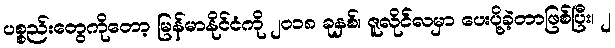
ပစ္စည်းတွေကိုတော့ မြန်မာနိုင်ငံကို ၂၀၁၈ ခုနှစ်၊ ဇူလိုင်လမှာ ပေးပို့ခဲ့တာဖြစ်ပြီး၊ ၂